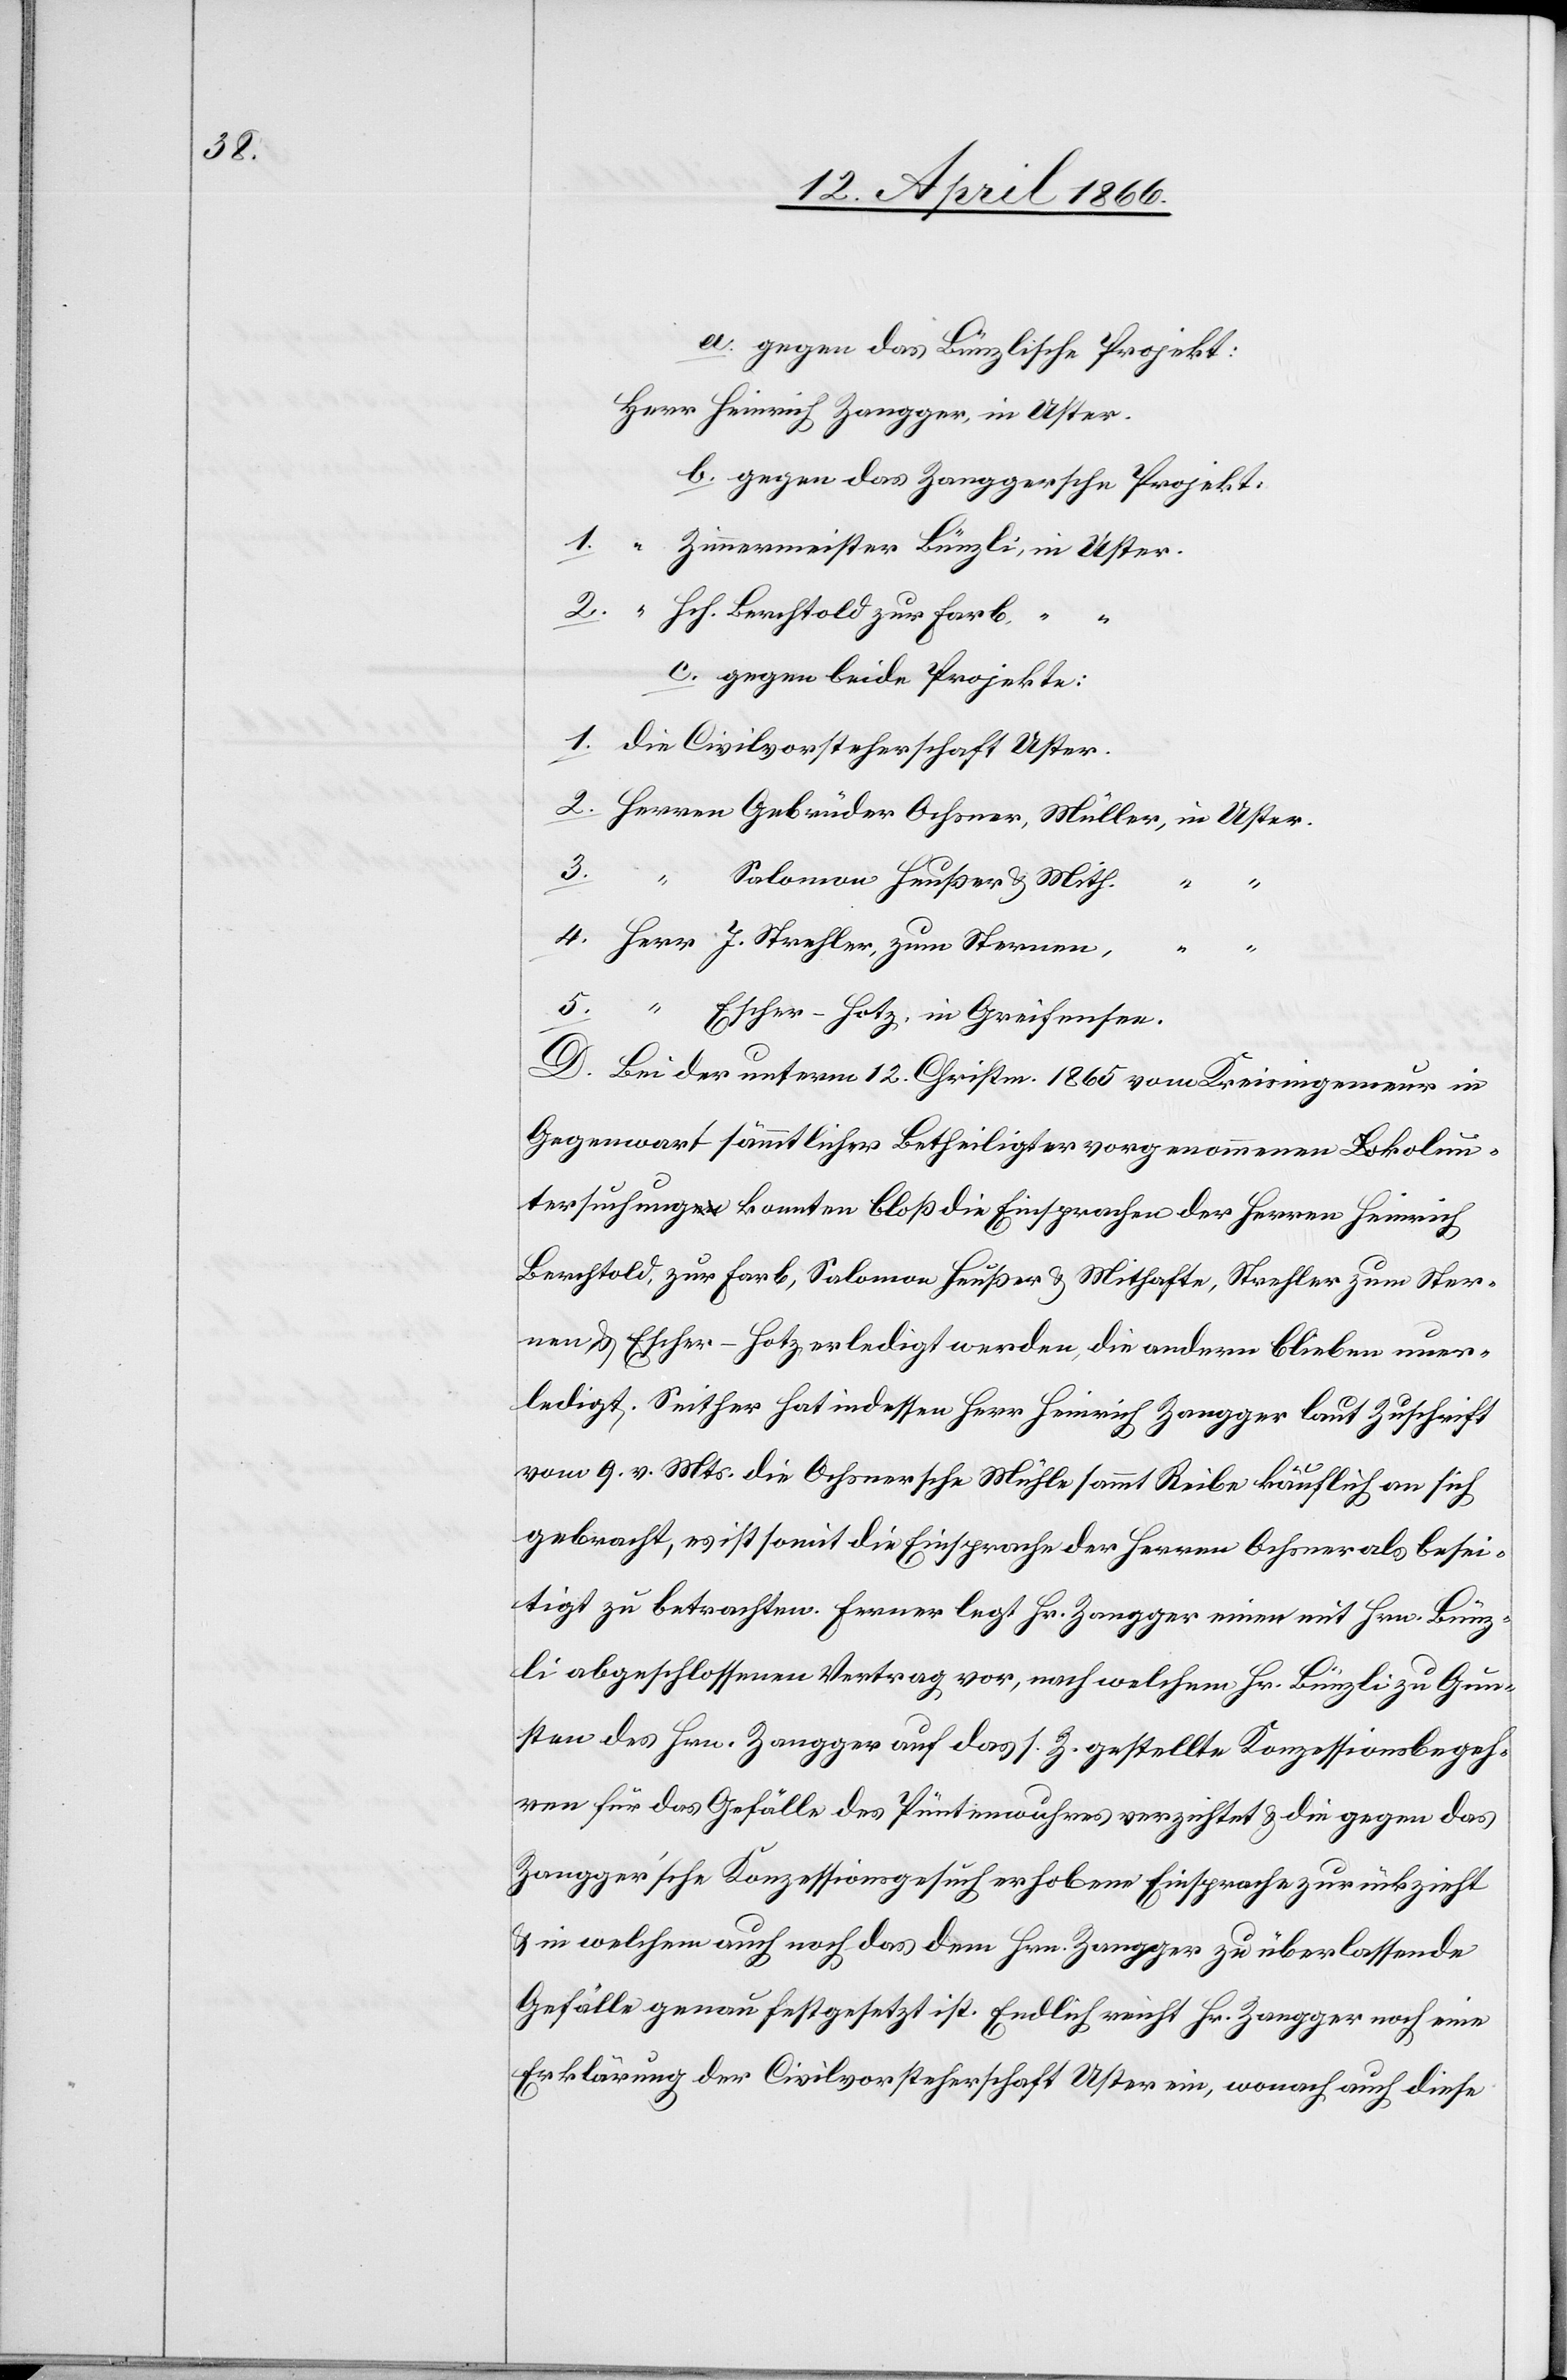
a. gegen das Bünzlische Projekt:
b. gegen das Zanggersche Projekt:
1.
“
2.
Hch. Berchtold zur Farb
J.
c. gegen beide Projekte
die Civilvorsteherschaft Uster.
5.
Solomon Heußer u. Mith.
D. Bei der unterm 12. Christm 1865 vom Kreisingenieur in
Gegenwart sämmtlicher Betheiligter vorgenommenen Lokalun¬
tersuchung konnten bloß die Einsprachen der Herren Heinrich
Berchtold, zur Farb, Solomon Heußer u. Mithafte, Strehler zum Ster¬
nen u. Escher-Hotz erledigt werden, die andern blieben uner¬
ledigt. Seither hat indessen Herr Heinrich Zangger laut Zuschrift
vom 9. v. Mts. die Ochsnersche Mühle sammt Reibe käuflich an sich
gebracht, es ist somit die Einsprache der Herren Ochsner als erle¬
digt zu betrachten. Ferner legt Hr. Zangger einen mit Hrn. Bünz¬
li abgeschlossenen Vertrag vor, nach welchem Hr. Bünzli zu Gun¬
sten des Hrn. Zangger auf das s. Z. gestellte Konzessionsbegeh¬
ren für das Gefälle des Püntenwuhres verzichtet u. die gegen das
Zangger’sche Konzessionsgesuch erhobene Einsprache zurückzieht
u. in welchem auch noch das dem Hrn. Zangger zu überlassende
Gefälle genau festgesetzt ist. Endlich reicht Hr. Zangger noch eine
Erklärung der Civilvorsteherschaft Uster ein, wonach auch diese